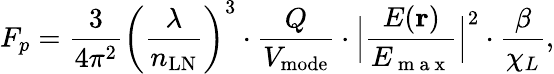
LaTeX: F_{p}=\frac{3}{4\pi^{2}}\left(\frac{\lambda}{n_{\textrm{LN}}}\right)^{3}\cdot\frac{Q}{V_{\textrm{mode}}}\cdot\Bigl|\frac{E(\textbf{r})}{E_{\mathrm{~m~a~x~}}}\Bigr|^{2}\cdot\frac{\beta}{\chi_{L}},